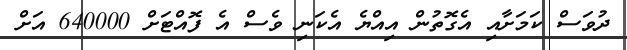
ދުވަސް ކަމަށާއި އެގޮތުން އިއްޔެ އެކަނި ވެސް އެ ފޮއްޓަށް 640000 އަށް